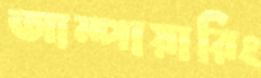
আম্পায়ারিং